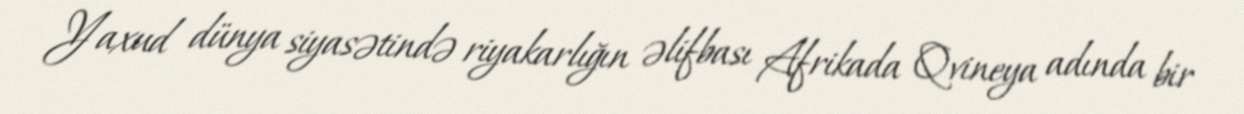
Yaxud dünya siyasətində riyakarlığın əlifbası Afrikada Qvineya adında bir